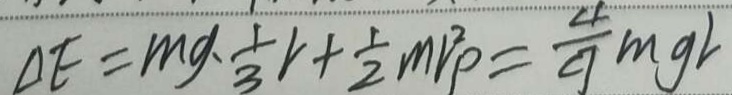
\Delta E = m g \cdot \frac { 1 } { 3 } v + \frac { 1 } { 2 } m v ^ { 2 } p = \frac { 4 } { 9 } m g v